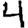
Digit: 4